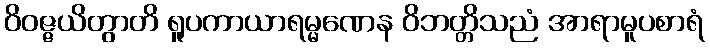
ဝိဝဇ္ဇယိတွာတိ ရူပကာယာရမ္မဏေန ဝိဘတ္တိသညံ အာရာမူပစာရံ